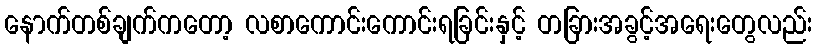
နောက်တစ်ချက်ကတော့ လစာကောင်းကောင်းရခြင်းနှင့် တခြားအခွင့်အရေးတွေလည်း